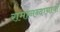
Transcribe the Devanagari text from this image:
रामानन्दाचार्यों